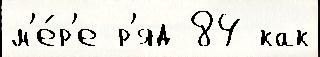
м'е́р'е р'яд 84 как